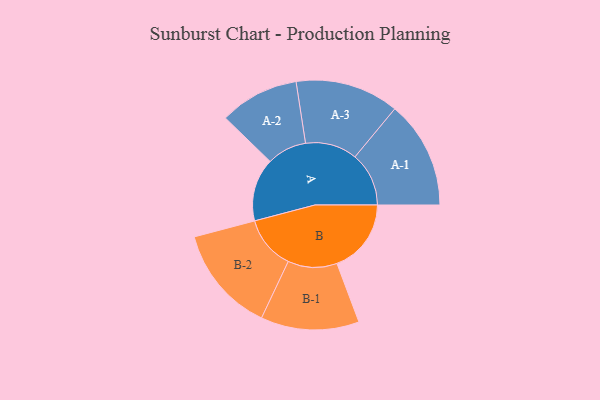
{"axis": {"x": "Segment", "y": "Value"}, "legend": ["", "A", "B"], "data": [{"x": "A", "y": 281, "type": ""}, {"x": "B", "y": 331, "type": ""}, {"x": "A-1", "y": 240, "type": "A"}, {"x": "A-2", "y": 177, "type": "A"}, {"x": "A-3", "y": 231, "type": "A"}, {"x": "B-1", "y": 219, "type": "B"}, {"x": "B-2", "y": 238, "type": "B"}]}